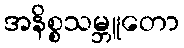
အနိစ္စသမ္ဘူတော